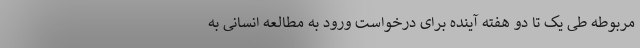
مربوطه طی یک تا دو هفته آینده برای درخواست ورود به مطالعه انسانی به